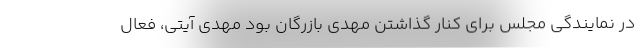
در نمایندگی مجلس برای کنار گذاشتن مهدی بازرگان بود مهدی آیتی، فعال